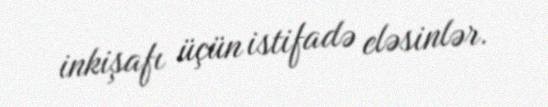
inkişafı üçün istifadə eləsinlər.